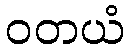
ဝတယံ